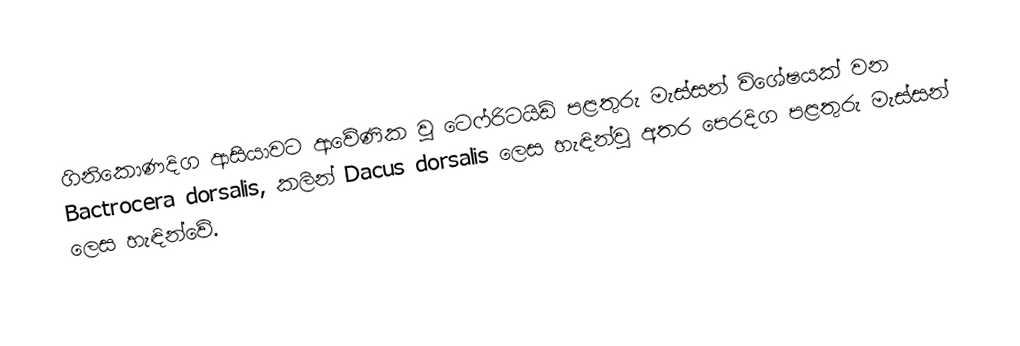
ගිනිකොණදිග ආසියාවට ආවේණික වූ ටෙෆ්රිටයිඩ් පළතුරු මැස්සන් විශේෂයක් වන Bactrocera dorsalis, කලින් Dacus dorsalis ලෙස හැඳින්වූ අතර පෙරදිග පළතුරු මැස්සන් ලෙස හැඳින්වේ.